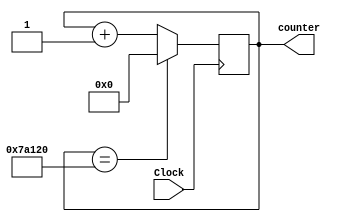
module freq_counter(Clock, counter);
//50MHz frequency
input Clock;

//2^(26) = 67,108,864
//need enough space to count to 50_000_000 clock cycles so counter will be 26 bits
//output reg [25:0] counter;

//we are going from 1 second interval to 0.01 of a second, therefore 50_000_000 / 100 = 500_000 clock cycle
//2^(19) = 524,288
//need enough space to count to 500_000 clock cycles so counter will be 19 bits
output reg [18:0] counter;

always@(posedge Clock) begin
	if(counter == 500_000)
		counter = 0;
	else
		counter = counter + 1;
end

endmodule